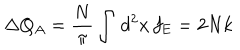
\Delta Q _ { A } = \frac { N } { \pi } \int \, d ^ { 2 } x \, f _ { \mathrm { E } } = 2 N k